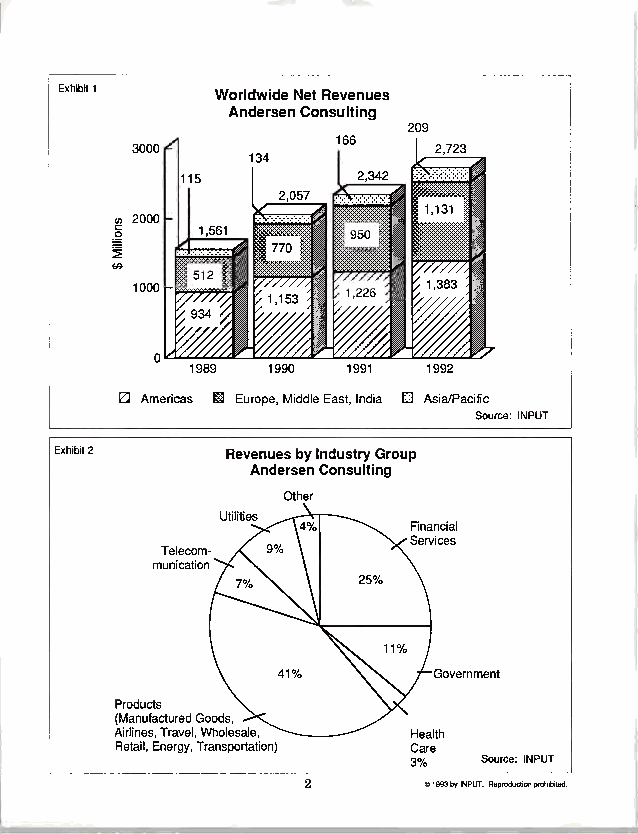
Exhibit1  WorldwideNetRevenues
 AndersenConsulting
 209
 166
 3000                2,723
 134
 2,342
 1989 1990 1991 1992
 Americas Europe,MiddleEast,India O Asia/Pacific
 Source: INPUT
 Exhibit2   RevenuesbyIndustryGroup
 AndersenConsulting
 Utilities
 Financial
 Services
 Telecom-
 munication
 Government
 Products
 (ManufacturedGoods,
 Airlines,Travel,Wholesale, Health
 Retail,Energy,Transportation) Care
 3%   Source: INPUT
 ©1993byINPUT.Reproductionprohibited.